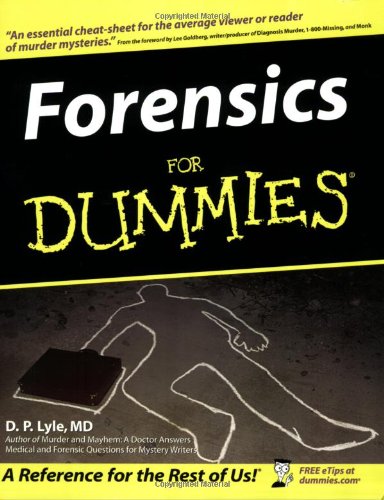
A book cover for Forensics For Dummies; Douglas P. Lyle; Law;